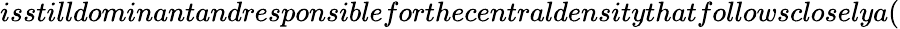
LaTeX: {}isstilldominantandresponsibleforthecentraldensitythatfollowscloselya(